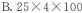
B.25 \times 4 \times 100